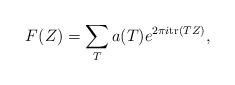
LaTeX: \begin{align*} F(Z)= \sum_{T} a(T)e^{2 \pi i \mathrm{tr}(TZ)},\end{align*}